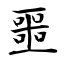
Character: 噩